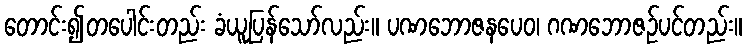
တောင်း၍တပေါင်းတည်း ခံယူပြန်သော်လည်း။ ပဏဘောဇနပေဝ၊ ဂဏဘောဇဉ်ပင်တည်း။